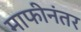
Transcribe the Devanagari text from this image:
माफीनंतर